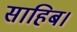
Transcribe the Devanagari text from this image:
साहिब।